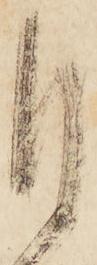
目